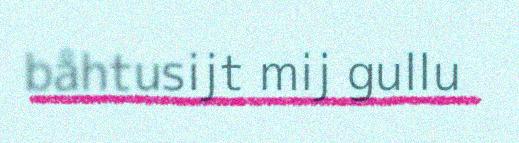
båhtusijt mij gullu